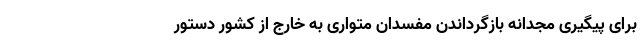
برای پیگیری مجدانه بازگرداندن مفسدان متواری به خارج از کشور دستور